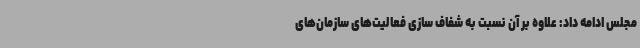
مجلس ادامه داد: علاوه بر آن نسبت به شفاف سازی فعالیت‌های سازمان‌های